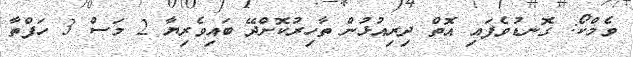
ވެމްކޯ: ގޮނޑުވެފައި އޮތް ދިރިއުޅުން ތާހިރުކޮށްދޭ ބައިވެރިޔާ 2 މަސް 3 ހަފްތާ